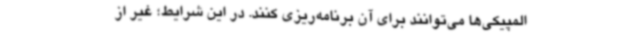
المپیکی‌ها می‌توانند برای آن برنامه‌ریزی کنند. در این شرایط؛ غیر از